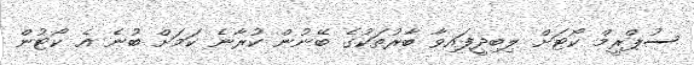
ސުޕްރީމް ކޯޓަށް ލިބިދީފައިވާ ބާރުތަކުގެ ބޭނުން ކުރާނެ ކަމަށް ބުނެ އެ ކޯޓުން